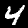
Label: 4